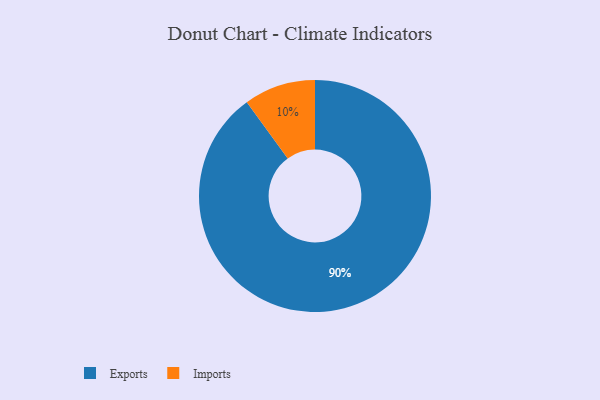
{"axis": {"x": "Category", "y": "Percentage"}, "legend": ["Exports", "Imports"], "data": [{"x": "Imports", "y": 10, "type": "Imports"}, {"x": "Exports", "y": 90, "type": "Exports"}]}